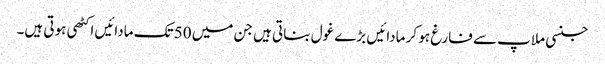
جنسی ملاپ سے فارغ ہو کر مادائیں بڑے غول بناتی ہیں جن میں 50 تک مادائیں اکٹھی ہوتی ہیں۔